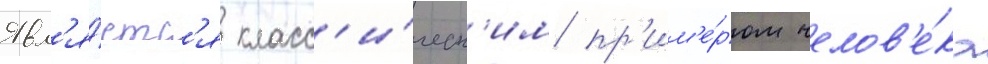
Явл'я́етс'я класс'и́ческ'им пр'им'е́ром челов'е́ка